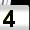
Digit: 4